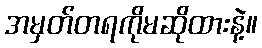
အမှတ်တရကိုမဆိုထားနဲ့။